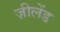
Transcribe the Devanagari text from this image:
ज़ीलेंड